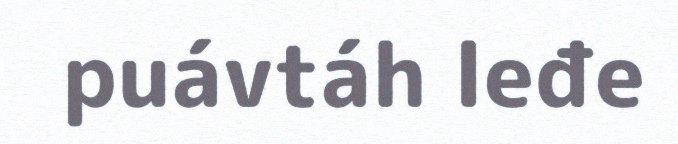
puávtáh leđe